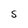
Character: S